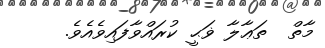
މާތް  ތަޢާލާ ޥަޙީ ކުރައްވާފައިވެއެވެ.